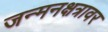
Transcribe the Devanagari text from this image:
जन्मनक्षत्रावर